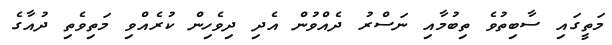
މަތީގައި ސާބިތުވެ ތިބުމާއި ނަސްރު ދެއްވުން އެދި ދިވެހިން ކުރެއްވި މަތިވެތި ދުއާގެ